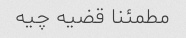
مطمئنا قضیه چیه